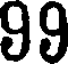
99